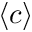
\langle c \rangle